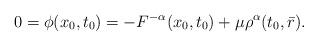
LaTeX: \begin{align*} 0=\phi(x_0,t_0)=-F^{-\alpha}(x_0,t_0)+\mu \rho^{\alpha}(t_0,\bar{r}).\end{align*}